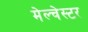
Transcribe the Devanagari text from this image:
मेल्चेस्टर